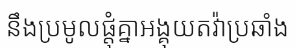
នឹងប្រមូលផ្តុំគ្នាអង្គុយតវ៉ាប្រឆាំង